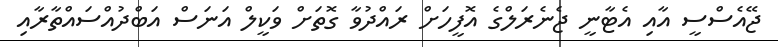
ޖޭއެސްސީ އާއި އެޓާނީ ޖެނެރަލްގެ އޮފީހަށް ރައްދުވާ ގޮތަށް ވަކީލް އަނަސް އަބްދުއްސައްތާރާއި